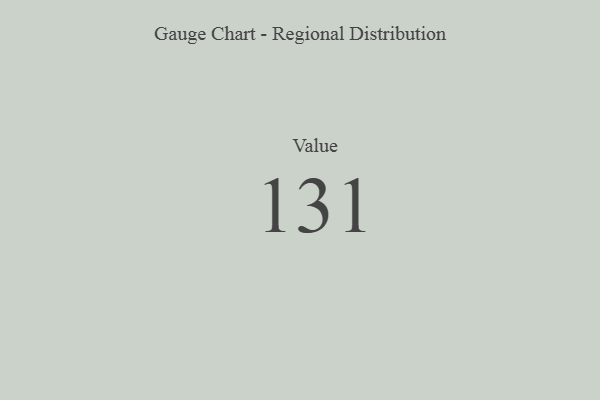
{"axis": {"x": "Metric", "y": "Value"}, "legend": [""], "data": [{"x": "Value", "y": 131, "type": ""}]}